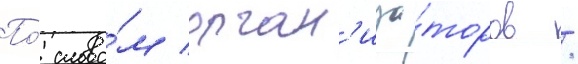
По́ слова́м орган'иза́торов /